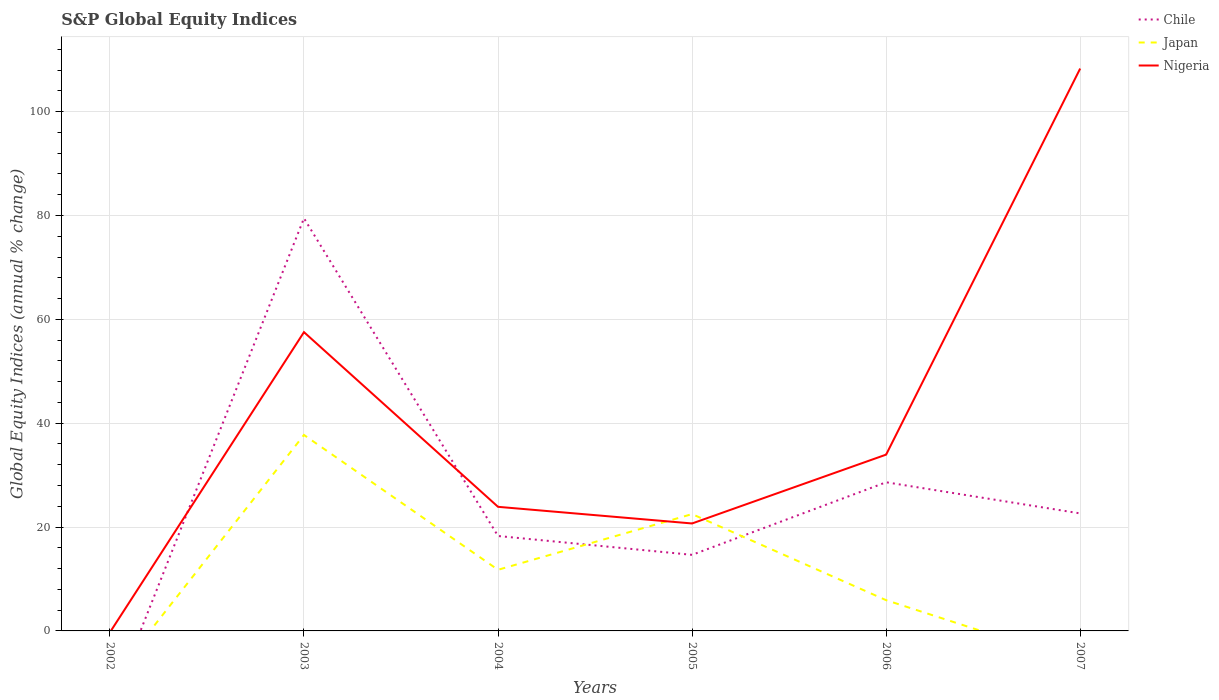
| Years | Chile | Japan | Nigeria |
 | --- | --- | --- | --- |
 | 2002 | -14.8 | -9.85 | -0.28 |
 | 2003 | 79.5 | 37.7 | 57.5 |
 | 2004 | 18.3 | 11.8 | 23.9 |
 | 2005 | 14.7 | 22.5 | 20.7 |
 | 2006 | 28.6 | 5.92 | 34 |
 | 2007 | 22.6 | -6.19 | 108 |